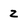
Character: 2